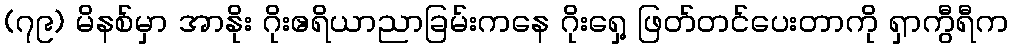
(၇၉) မိနစ်မှာ အာနိုး ဂိုးဧရိယာညာခြမ်းကနေ ဂိုးရှေ့ ဖြတ်တင်ပေးတာကို ရှာကွီရီက